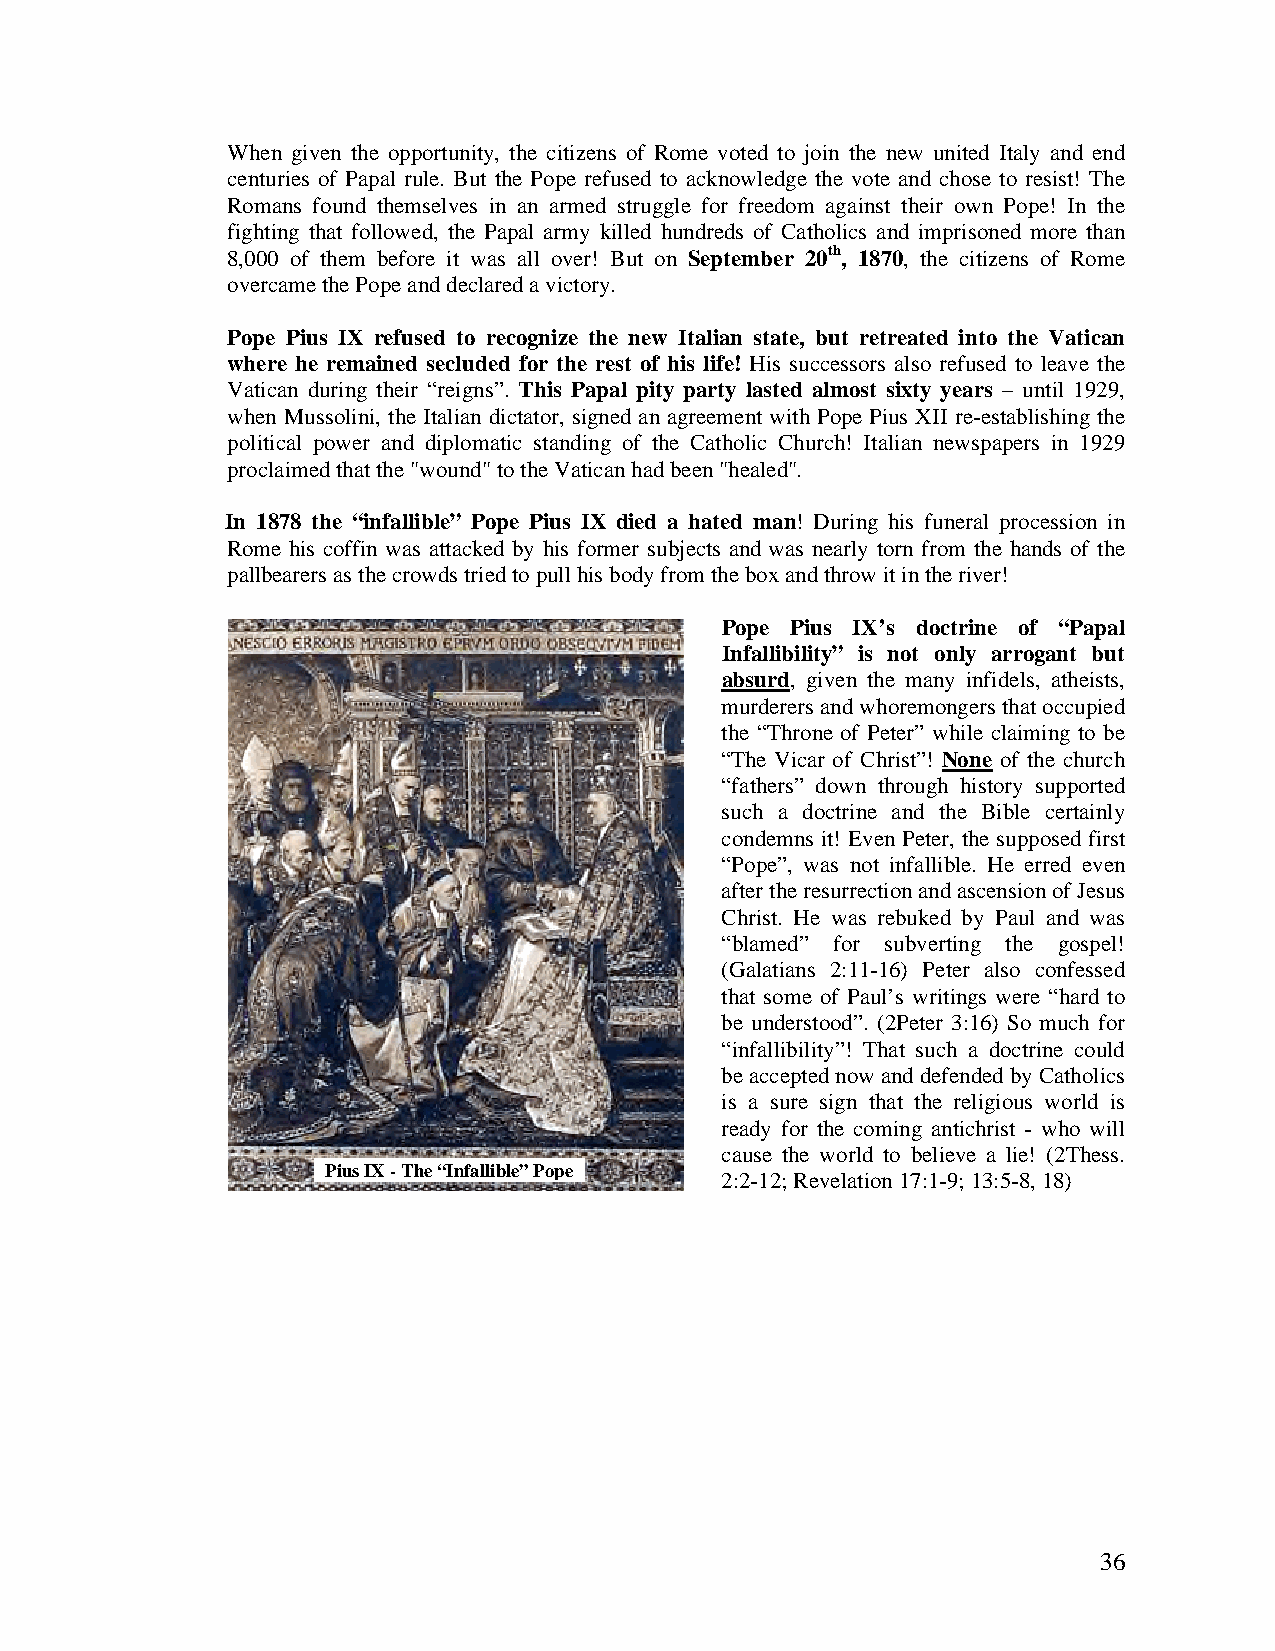
When given the opportunity, the citizens of Rome voted to join the new united Italy and end
 centuries of Papal rule. But the Pope refused to acknowledge the vote and chose to resist! The
 Romans found themselves in an armed struggle for freedom against their own Pope! In the
 fighting that followed, the Papal army killed hundreds of Catholics and imprisoned more than
 8,000 of them before it was all over! But on September 20th, 1870, the citizens of Rome
 overcame the Pope and declared a victory.
 Pope Pius IX refused to recognize the new Italian state, but retreated into the Vatican
 where he remained secluded for the rest of his life! His successors also refused to leave the
 Vatican during their “reigns”. This Papal pity party lasted almost sixty years – until 1929,
 when Mussolini, the Italian dictator, signed an agreement with Pope Pius XII re-establishing the
 political power and diplomatic standing of the Catholic Church! Italian newspapers in 1929
 proclaimed that the "wound" to the Vatican had been "healed".
 In 1878 the “infallible” Pope Pius IX died a hated man! During his funeral procession in
 Rome his coffin was attacked by his former subjects and was nearly torn from the hands of the
 pallbearers as the crowds tried to pull his body from the box and throw it in the river!
 Pope Pius IX’s doctrine of “Papal
 Infallibility” is not only arrogant but
 absurd, given the many infidels, atheists,
 murderers and whoremongers that occupied
 the “Throne of Peter” while claiming to be
 “The Vicar of Christ”! None of the church
 “fathers” down through history supported
 such a doctrine and the Bible certainly
 condemns it! Even Peter, the supposed first
 “Pope”, was not infallible. He erred even
 after the resurrection and ascension of Jesus
 Christ. He was rebuked by Paul and was
 “blamed” for subverting the gospel!
 (Galatians 2:11-16) Peter also confessed
 that some of Paul’s writings were “hard to
 be understood”. (2Peter 3:16) So much for
 “infallibility”! That such a doctrine could
 be accepted now and defended by Catholics
 is a sure sign that the religious world is
 ready for the coming antichrist - who will
 cause the world to believe a lie! (2Thess.
 Pius IX - The “Infallible”Pope
 2:2-12; Revelation 17:1-9; 13:5-8, 18)
 36